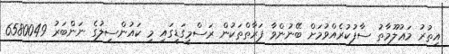
އިތުރު މަޢުލޫމާތު ސާފުކުރެއްވުމަށް ބޭނުންވާ ފަރާތްތަކުން ރަސްމީގަޑީގައި މި ކައުންސިލުގެ ނަންބަރު 6580049